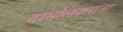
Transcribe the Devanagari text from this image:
दाभोलकरांना